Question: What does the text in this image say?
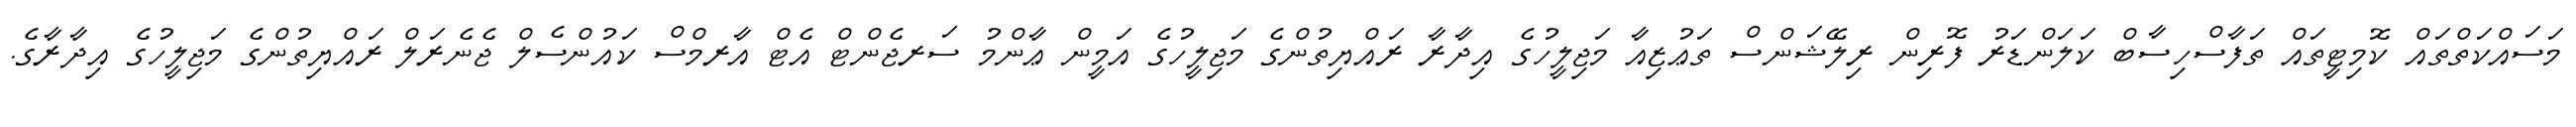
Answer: މަސައްކަތްތައް ކޮމިޓީތައް ތަފާސްހިސާބް ކަލަންޑަރު ފޮރިން ރިލޭޝަންސް ތަޢުޒިއާ މަޖިލީހުގެ އިދާރާ ރައްޔިތުންގެ މަޖިލީހުގެ އަމީން ޢާންމު ސަރޖެންޓް އެޓް އާރމްސް ކައުންސެލް ޖެނެރަލް ރައްޔިތުންގެ މަޖިލީހުގެ އިދާރާގެ.